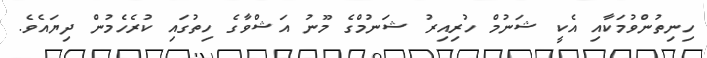
ހިނިތުންވުމަކާއި އެކީ ޝަނުމް ހުރިއިރު ޝަނުމްގެ މޫނު އަޝްވާގެ ހިތުގައި ކުރެހެމުން ދިޔައެވެ.